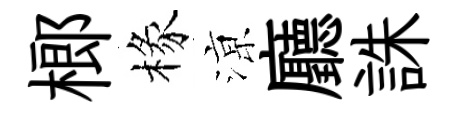
榔椽鿌廳誅